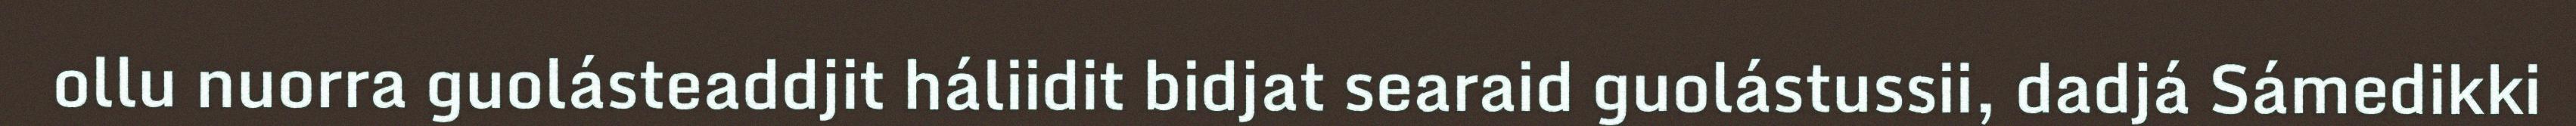
ollu nuorra guolásteaddjit háliidit bidjat searaid guolástussii, dadjá Sámedikki